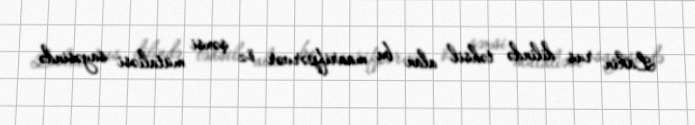
Lakin rus dilində təhsil alan bu maarifpərvər öz şəxsi mütaliəsi sayəsində